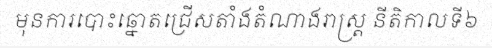
មុនការបោះឆ្នោតជ្រើសតាំងតំណាងរាស្ត្រ នីតិកាលទី៦